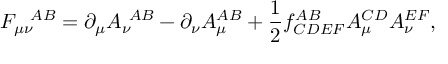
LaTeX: F _ { \mu \nu } ^ { ~ ~ A B } = \partial _ { \mu } A _ { \nu } ^ { ~ A B } - \partial _ { \nu } A _ { \mu } ^ { A B } + \frac { 1 } { 2 } f _ { C D E F } ^ { A B } A _ { \mu } ^ { C D } A _ { \nu } ^ { E F } ,